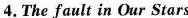
4.The fault in Our Stars